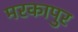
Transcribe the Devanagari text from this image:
मरकापुर